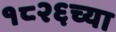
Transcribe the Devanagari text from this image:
१८२६च्या